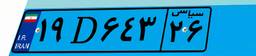
۱۸D۵۸۸۱۲